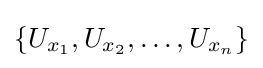
\{U_{x_{1}},U_{x_{2}},\ldots ,U_{x_{n}}\}